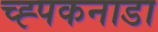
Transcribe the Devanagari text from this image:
च्ह्पकनाडा